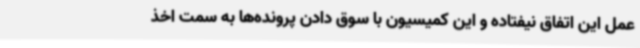
عمل این اتفاق نیفتاده و این کمیسیون با سوق دادن پرونده‌ها به سمت اخذ